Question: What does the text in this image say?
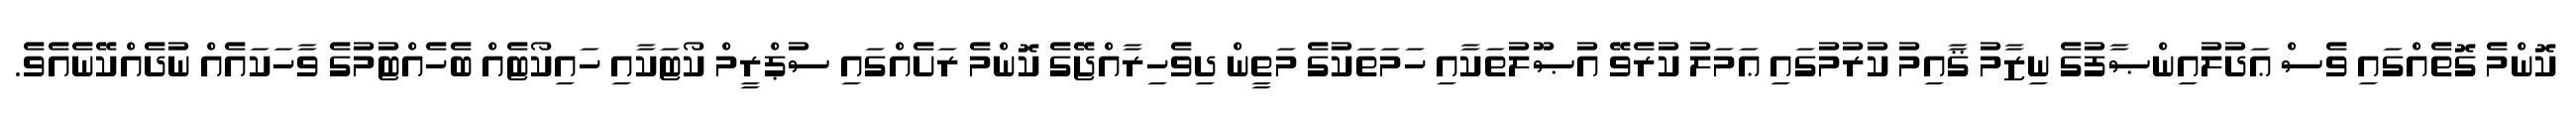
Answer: ކޮންމެ ގޮތެއްގައި ވެސް ޢަދުލުއިންޞާފުގެ ނިޒާމު ޤާއިމު ކުރުމުގައި ޢަމަލު ކުރެވޭ އުޞޫލުތަކާއި ހަމަތަކުގެ މަތީން ދިވެހިރާއްޖޭގެ ކޮންމެ ރަށެއްގައި ސުޕްރީމް ކޯޓަކާއި ހައިކޯޓެއް ބެހެއްޓުމުގެ ވާހަކައެއް ނުދެއްކޭނެއެވެ.